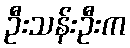
ဦးသန်းဦးက